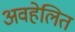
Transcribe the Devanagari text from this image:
अवहेलित